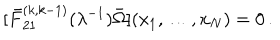
[ \bar { F } _ { 2 1 } ^ { ( k , k - 1 ) } ( \lambda ^ { - 1 } ) \bar { \Omega } ] ( x _ { 1 } , \ldots , x _ { N } ) = 0 \, .